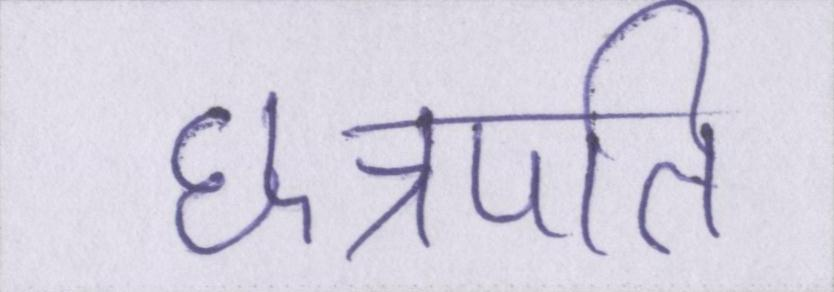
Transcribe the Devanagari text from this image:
छत्रपति